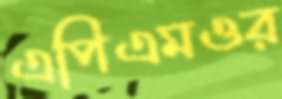
এপিএমওর